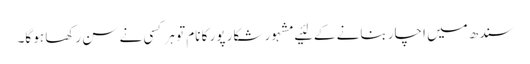
سندھ میں‌ اچار بنانے کے لئیے مشہور شکار پور کا نام تو ہر کسی نے سن رکھا ہو گا۔